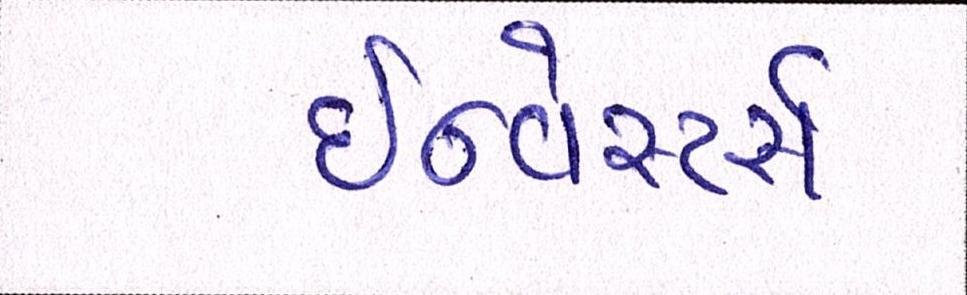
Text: ઇન્વેસ્ટર્સ